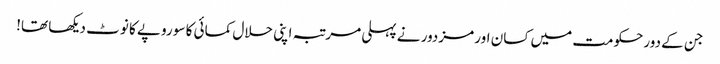
جن کے دورحکومت میں کسان اور مزدور نے پہلی مرتبہ اپنی حلال کمائی کا سو روپے کا نوٹ دیکھا تھا!